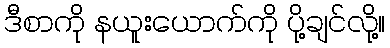
ဒီစာကို နယူးယောက်ကို ပို့ချင်လို့။